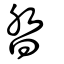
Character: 沓